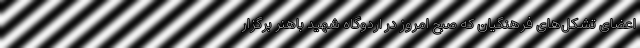
اعضای تشکل‌های فرهنگیان که صبح امروز در اردوگاه شهید باهنر برگزار